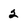
Character: 2